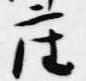
座